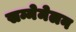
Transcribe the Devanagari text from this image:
सम्मेमेलन